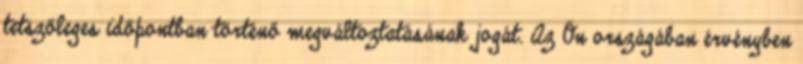
tetszőleges időpontban történő megváltoztatásának jogát. Az Ön országában érvényben